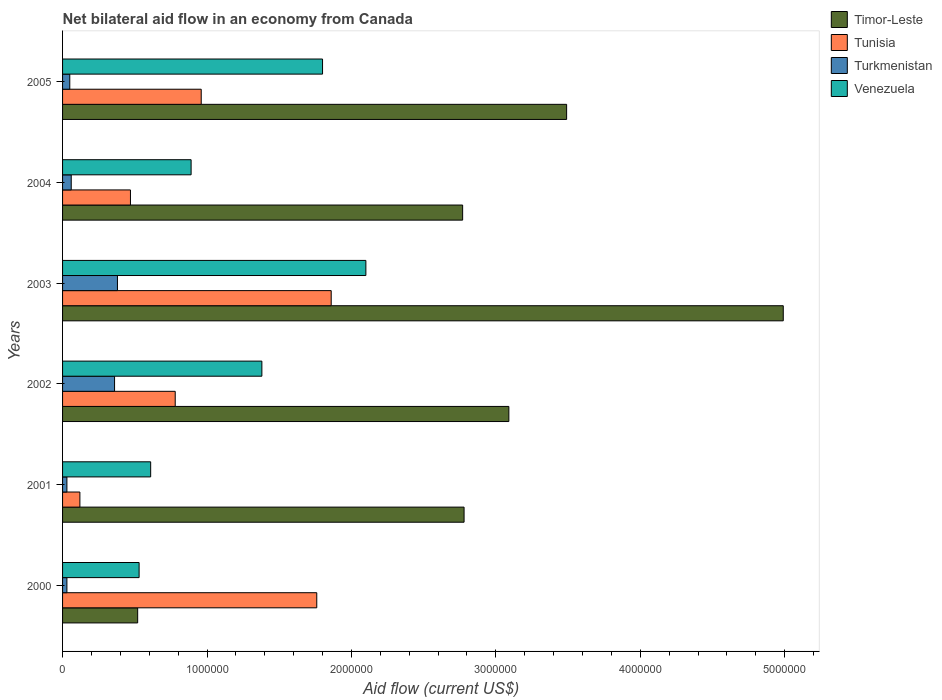
| Years | Timor-Leste | Tunisia | Turkmenistan | Venezuela |
 | --- | --- | --- | --- | --- |
 | 2000 | 5.2e+05 | 1.76e+06 | 3e+04 | 5.3e+05 |
 | 2001 | 2.78e+06 | 1.2e+05 | 3e+04 | 6.1e+05 |
 | 2002 | 3.09e+06 | 7.8e+05 | 3.6e+05 | 1.38e+06 |
 | 2003 | 4.99e+06 | 1.86e+06 | 3.8e+05 | 2.1e+06 |
 | 2004 | 2.77e+06 | 4.7e+05 | 6e+04 | 8.9e+05 |
 | 2005 | 3.49e+06 | 9.6e+05 | 5e+04 | 1.8e+06 |